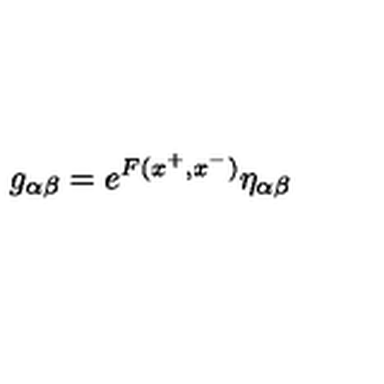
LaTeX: g _ { \alpha \beta } = e ^ { F ( x ^ { + } , x ^ { - } ) } \eta _ { \alpha \beta }